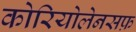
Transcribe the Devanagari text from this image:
कोरियोलेनसफ़